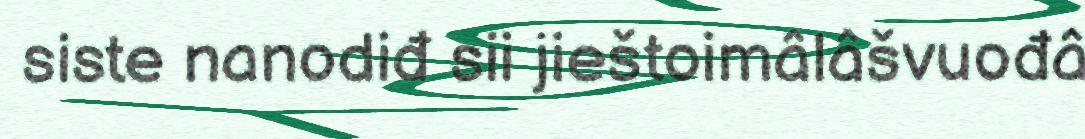
siste nanodiđ sii jieštoimâlâšvuođâ